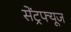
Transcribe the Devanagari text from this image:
सेंट्रफ्यूज